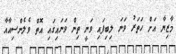
މާޒިޔާ އަށް ހަތަރު ވަނަ ލިބިފައި ވަނީ ތިން ވަނައިގައި އޮތް ވެލެންސިއާއާ